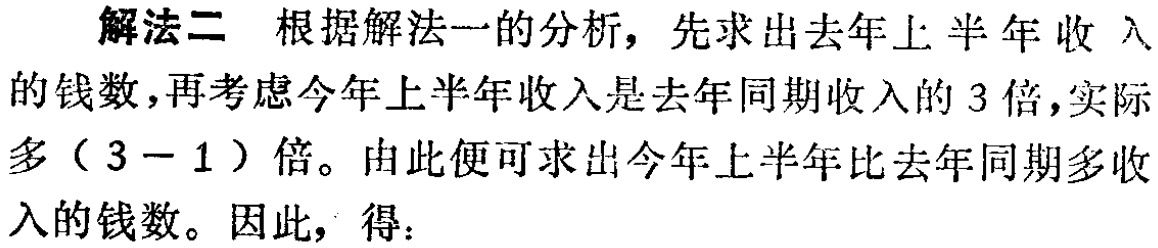
解法二 根据解法一的分析，先求出去年上半年收入的钱数，再考虑今年上半年收入是去年同期收入的 3 倍，实际多（3 - 1）倍。由此便可求出今年上半年比去年同期多收入的钱数。因此，得：